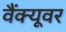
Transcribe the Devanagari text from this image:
वैंक्यूवर